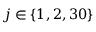
j \in \{ 1 , 2 , 3 0 \}